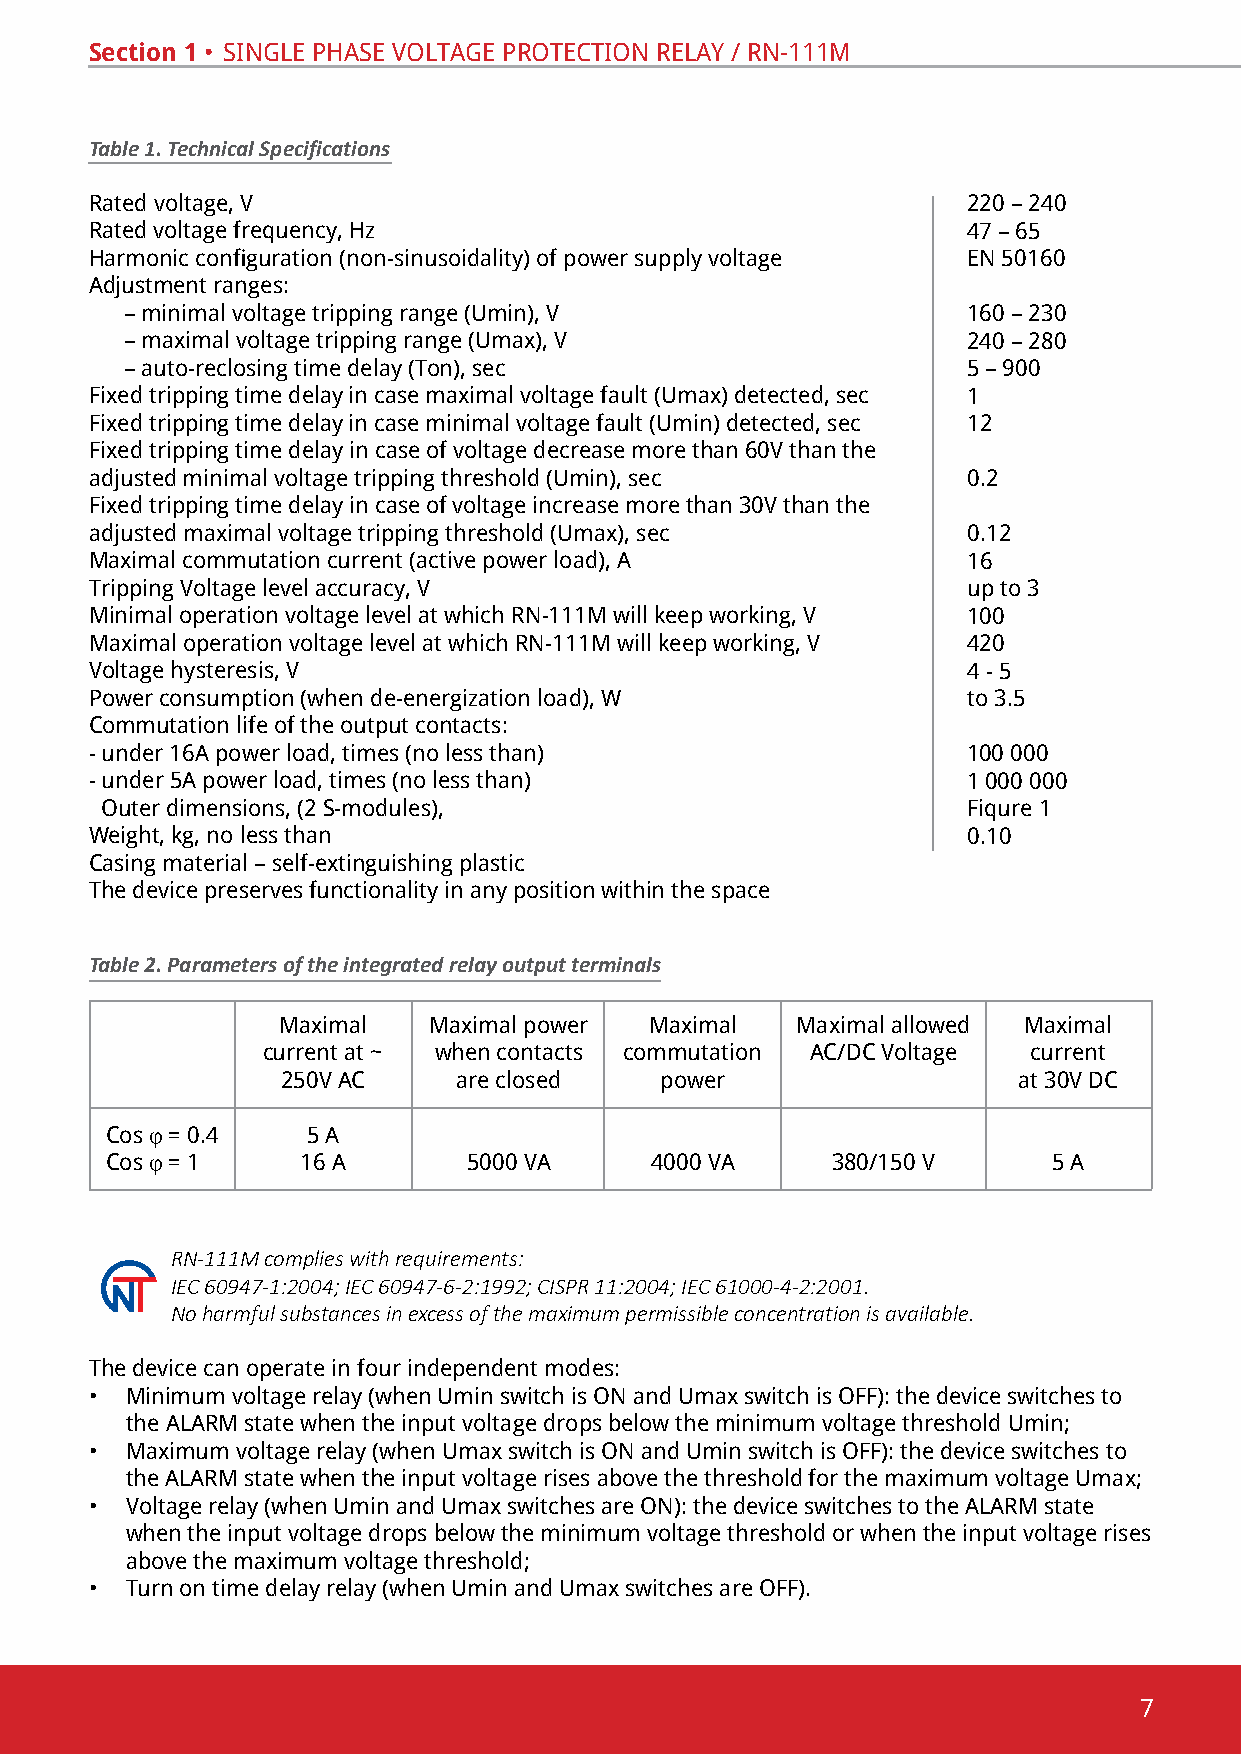
Section 1 • sinGle phase voltaGe pRotection RelaY / Rn-111m
 Table 1. Technical Specifications
 Rated voltage, v                                          220 – 240
 Rated voltage frequency, hz                               47 – 65
 Harmonic configuration (non-sinusoidality) of power supply voltage en 50160
 adjustment ranges:
 – minimal voltage tripping range (umin), v              160 – 230
 – maximal voltage tripping range (Umax), V              240 – 280
 – auto-reclosing time delay (ton), sec                  5 – 900
 Fixed tripping time delay in case maximal voltage fault (Umax) detected, sec 1
 Fixed tripping time delay in case minimal voltage fault (Umin) detected, sec 12
 Fixed tripping time delay in case of voltage decrease more than 60V than the
 adjusted minimal voltage tripping threshold (umin), sec   0.2
 Fixed tripping time delay in case of voltage increase more than 30V than the
 adjusted maximal voltage tripping threshold (Umax), sec   0.12
 Maximal commutation current (active power load), A        16
 tripping voltage level accuracy, v                        up to 3
 minimal operation voltage level at which Rn-111m will keep working, v 100
 Maximal operation voltage level at which RN-111M will keep working, V 420
 voltage hysteresis, v                                     4 - 5
 power consumption (when de-energization load), W          to 3.5
 commutation life of the output contacts:
 - under 16a power load, times (no less than)              100 000
 - under 5a power load, times (no less than)               1 000 000
 outer dimensions, (2 s-modules),                         fiqure 1
 Weight, kg, no less than                                  0.10
 Casing material – self-extinguishing plastic
 the device preserves functionality in any position within the space
 Table 2. Parameters of the integrated relay output terminals
 Maximal   Maximal power  Maximal   Maximal allowed Maximal
 current at ~ when contacts commutation ac/dc voltage current
 250v ac    are closed    power                  at 30v dc
 cos j = 0.4  5 А
 cos j = 1    16 a       5000 va     4000 va     380/150 v      5 А
 RN-111M complies with requirements:
 IEC 60947-1:2004; ІEC 60947-6-2:1992; CISPR 11:2004; IEC 61000-4-2:2001.
 No harmful substances in excess of the maximum permissible concentration is available.
 the device can operate in four independent modes:
 • Minimum voltage relay (when Umin switch is ON and Umax switch is OFF): the device switches to
 the alaRm state when the input voltage drops below the minimum voltage threshold umin;
 • Maximum voltage relay (when Umax switch is ON and Umin switch is OFF): the device switches to
 the ALARM state when the input voltage rises above the threshold for the maximum voltage Umax;
 • Voltage relay (when Umin and Umax switches are ON): the device switches to the ALARM state
 when the input voltage drops below the minimum voltage threshold or when the input voltage rises
 above the maximum voltage threshold;
 • Turn on time delay relay (when Umin and Umax switches are OFF).
 7